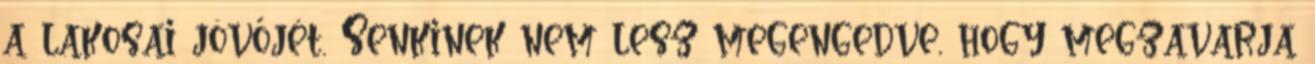
a lakosai jövőjét. Senkinek nem lesz megengedve, hogy megzavarja